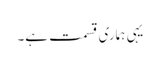
یہی ہماری قسمت ہے۔